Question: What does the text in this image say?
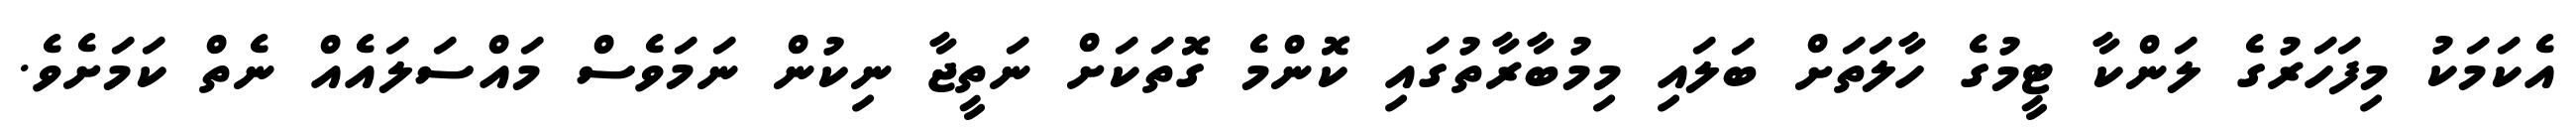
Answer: އެކަމަކު މިފަހަރުގެ ލަންކާ ޓީމުގެ ހާލަތަށް ބަލައި މިމުބާރާތުގައި ކޮންމެ ގޮތަކަށް ނަތީޖާ ނިކުން ނަމަވެސް މައްސަލައެއް ނެތް ކަމަށެވެ.